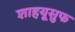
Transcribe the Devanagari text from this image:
शाहयूसुफ